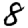
Digit: 8